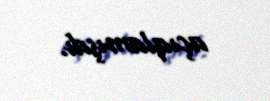
açıqlamışdı.